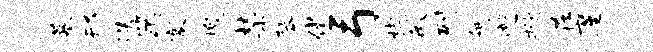
摹邢迭第寨槐禁琴借弓楔毓列阿邂掀在廑